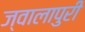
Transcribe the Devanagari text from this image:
ज्वालापुरी